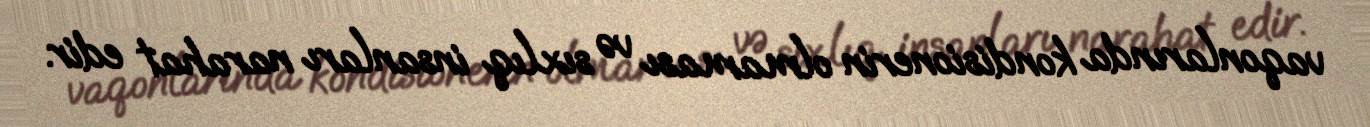
vaqonlarında kondisionerin olmaması və sıxlıq insanları narahat edir.